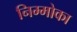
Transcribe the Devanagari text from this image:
निम्मोका